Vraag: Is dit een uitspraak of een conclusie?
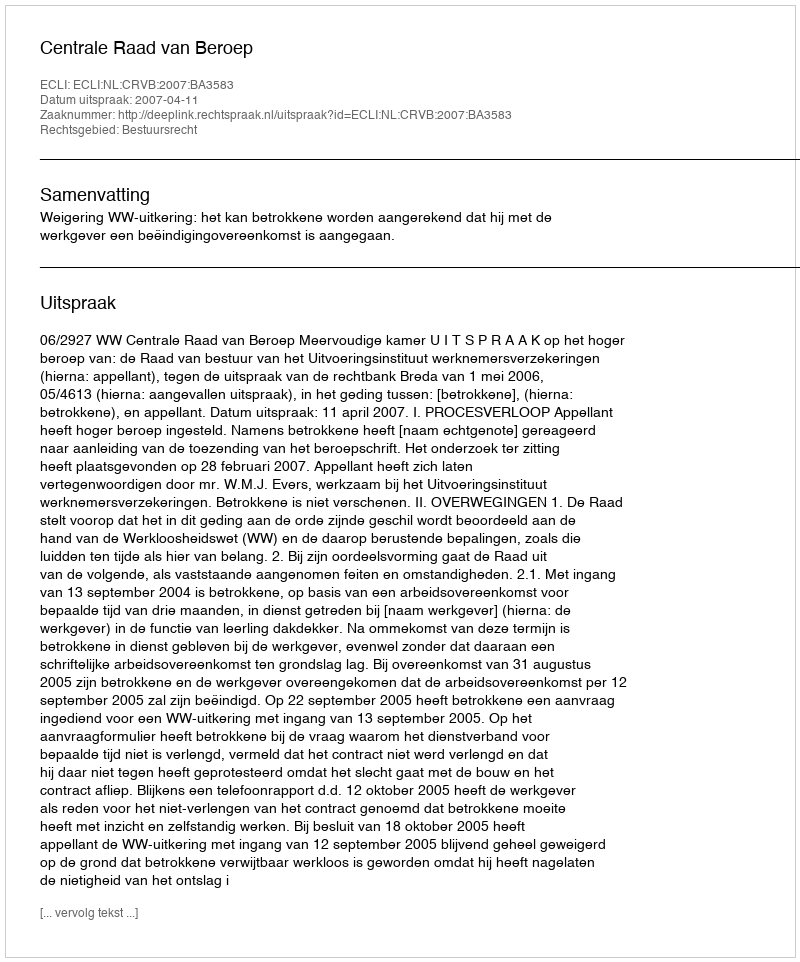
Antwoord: Uitspraak